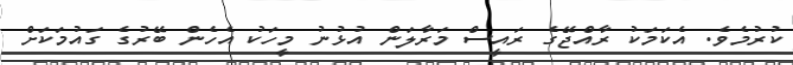
ކުރުމެވެ. އެކަމަކު ރާއްޖޭގެ ރައީސް މަރާލަން އުޅުނު މީހަކު އެހެން ބޭރުގެ ގައުމަކަށް